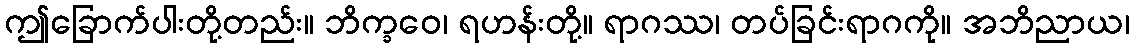
ဤခြောက်ပါးတို့တည်း။ ဘိက္ခဝေ၊ ရဟန်းတို့။ ရာဂဿ၊ တပ်ခြင်းရာဂကို။ အဘိညာယ၊